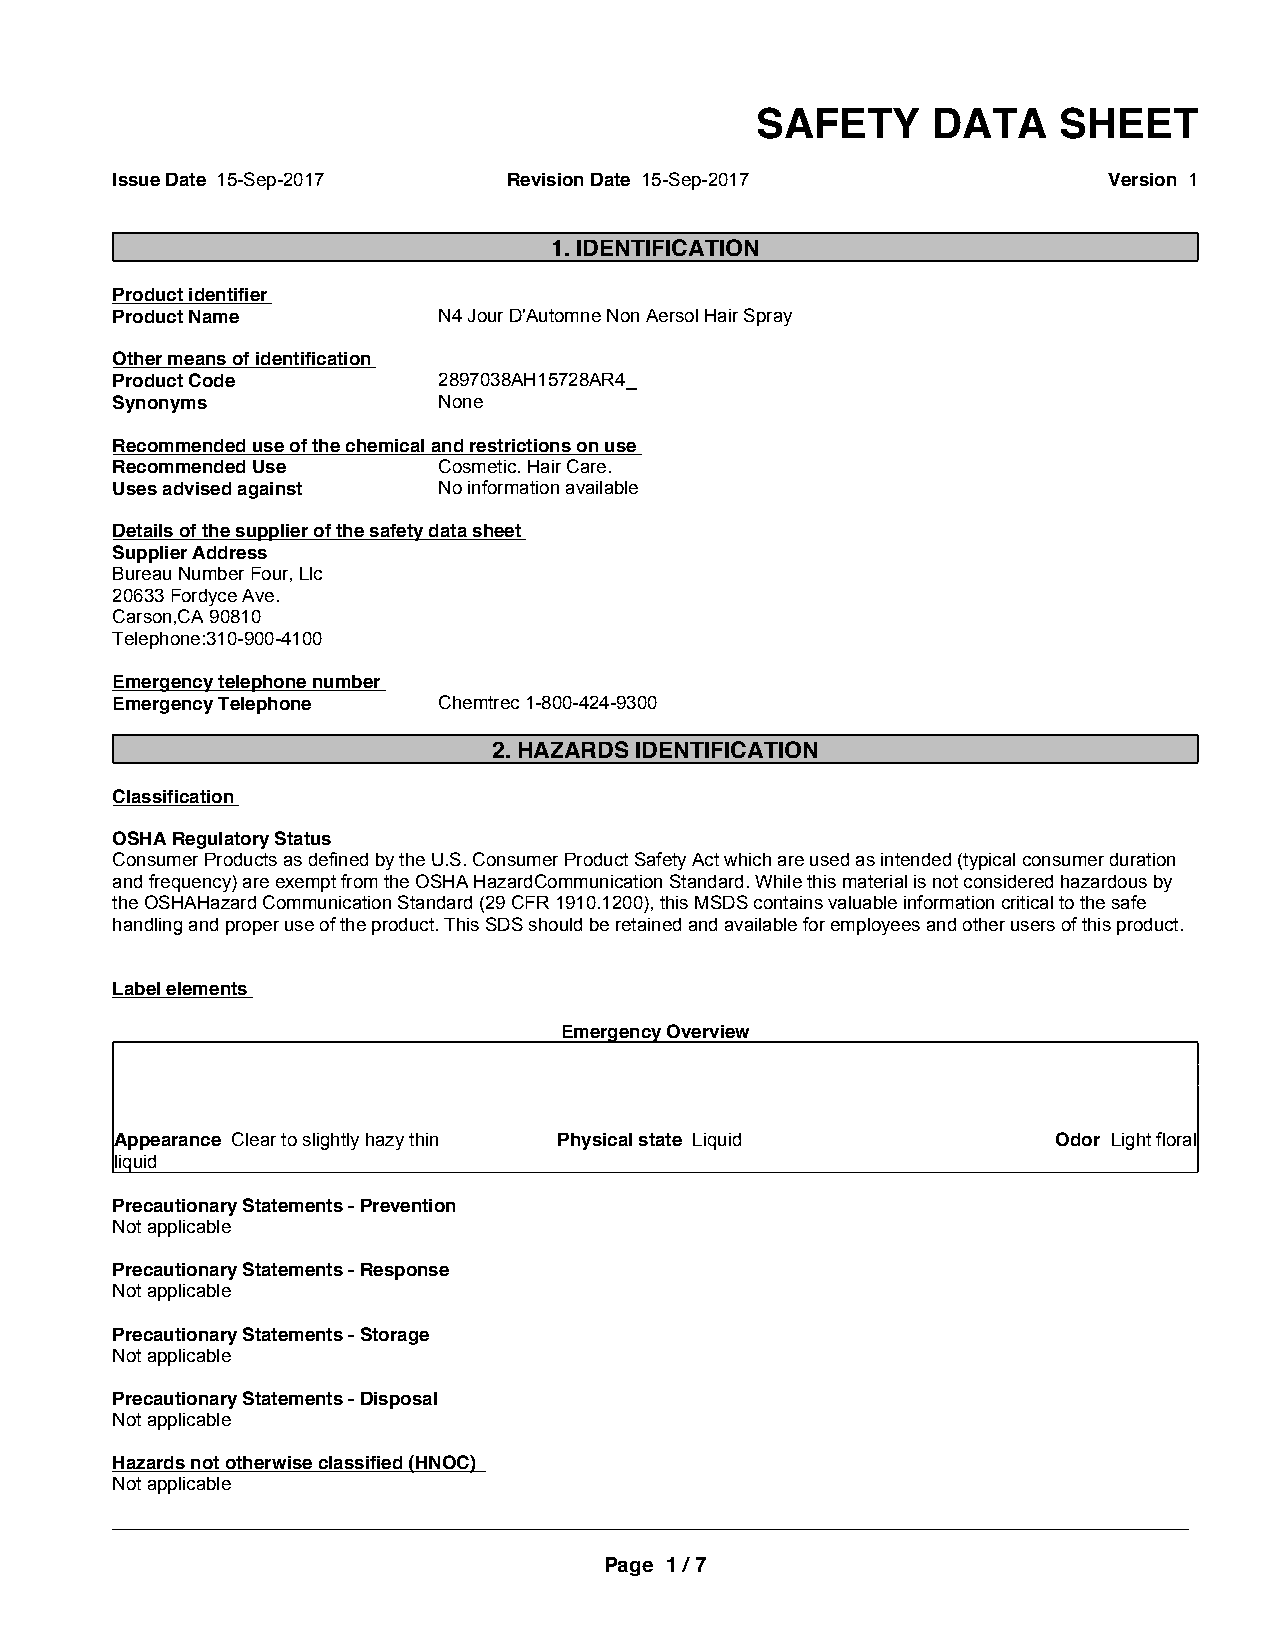
SAFETY      DATA    SHEET
 Issue Date 15-Sep-2017     Revision Date 15-Sep-2017              Version 1
 1. IDENTIFICATION
 Product identifier
 Product Name          N4 Jour D'Automne Non Aersol Hair Spray
 Other means of identification
 Product Code          2897038AH15728AR4_
 Synonyms              None
 Recommended use of the chemical and restrictions on use
 Recommended Use       Cosmetic. Hair Care.
 Uses advised against  No information available
 Details of the supplier of the safety data sheet
 Supplier Address
 Bureau Number Four, Llc
 20633 Fordyce Ave.
 Carson,CA 90810
 Telephone:310-900-4100
 Emergency telephone number
 Emergency Telephone   Chemtrec 1-800-424-9300
 2. HAZARDS IDENTIFICATION
 Classification
 OSHA Regulatory Status
 Consumer Products as defined by the U.S. Consumer Product Safety Act which are used as intended (typical consumer duration
 and frequency) are exempt from the OSHA HazardCommunication Standard. While this material is not considered hazardous by
 the OSHAHazard Communication Standard (29 CFR 1910.1200), this MSDS contains valuable information critical to the safe
 handling and proper use of the product. This SDS should be retained and available for employees and other users of this product.
 Label elements
 Emergency Overview
 Appearance Clear to slightly hazy thin Physical state Liquid  Odor Light floral
 liquid
 Precautionary Statements - Prevention
 Not applicable
 Precautionary Statements - Response
 Not applicable
 Precautionary Statements - Storage
 Not applicable
 Precautionary Statements - Disposal
 Not applicable
 Hazards not otherwise classified (HNOC)
 Not applicable
 _____________________________________________________________________________________________
 Page 1 / 7